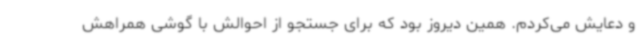
و دعایش می‌کردم. همین دیروز بود که برای جستجو از احوالش با گوشی همراهش